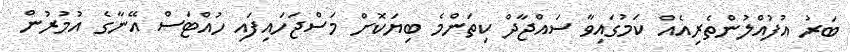
ބަރު އުފުއްލުންތެރިއެއް ކަމުގައިވާ ސައްޖާދް ކިތަންމެ ބިޔަކޮށް މަސްޖަހައިފައި ހުއްޓަސް އޭނާގެ އުމުރުން